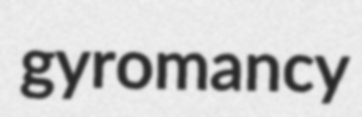
gyromancy